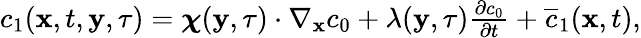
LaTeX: \begin{array}{r}{c_{1}(\mathbf x,t,\mathbf y,\tau)=\boldsymbol\chi(\mathbf y,\tau)\cdot\nabla_{\mathbf x}c_{0}+\lambda(\mathbf y,\tau)\frac{\partial c_{0}}{\partial t}+\overline{c}_{1}(\mathbf x,t),}\end{array}